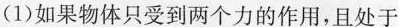
(1)如果物体只受到两个力的作用，且处于